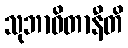
သုဘာဝိတာနီတိ